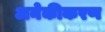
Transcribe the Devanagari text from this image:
अनेकीकरण